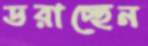
ডরাচ্ছেন